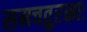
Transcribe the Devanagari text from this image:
समचतुरस्राः